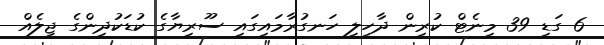
6 ގަޑި 39 މިނެޓް ކުރިން ދާހިލީ ހަނގުރާމައިގައި ސޫރިޔާގެ ކުޑަކުދިންގެ ޖީލެއް